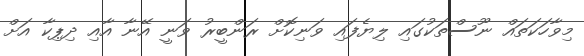
މިވާހަކަތައް ނޫސްތަކުގައި ލިޔެފައި ވަނިކޮށް ރަންބީރު ވަނީ އޭނާ އާއި ދިޕިކާ އަށް